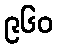
၉၆၀